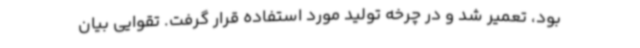
بود، تعمیر شد و در چرخه تولید مورد استفاده قرار گرفت. تقوایی بیان